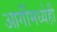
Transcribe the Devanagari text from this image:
आगींमध्येही